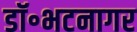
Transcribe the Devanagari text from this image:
डॉ॰भटनागर